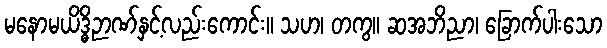
မနောမယိဒ္ဓိဉာဏ်နှင့်လည်းကောင်း။ သဟ၊ တကွ။ ဆအဘိညာ၊ ခြောက်ပါးသော